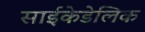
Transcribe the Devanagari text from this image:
साईकेडेलिक